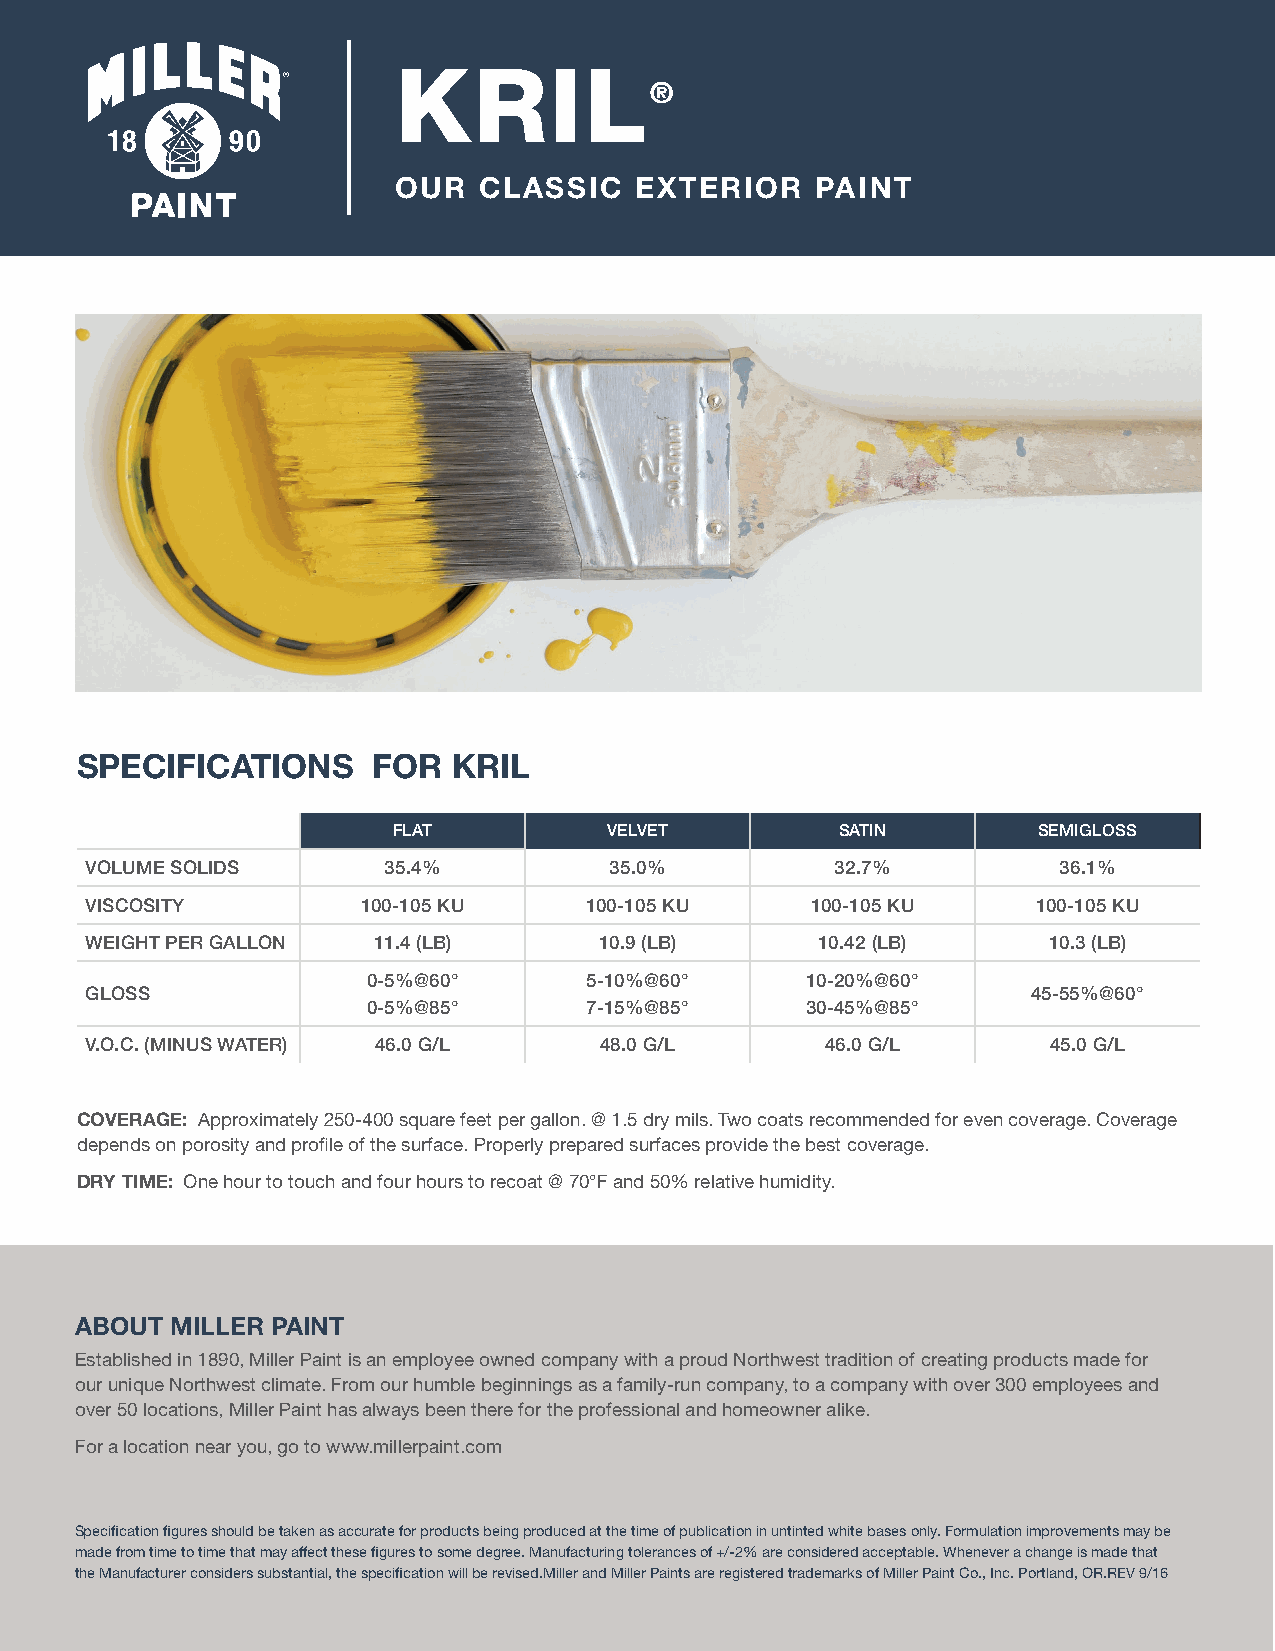
KRIL
 ®
 OUR   CLASSIC   EXTERIOR    PAINT
 SPECIFICATIONS      FOR  KRIL
 FLAT          VELVET          SATIN        SEMIGLOSS
 VOLUME SOLIDS      35.4%          35.0%          32.7%          36.1%
 VISCOSITY         100-105 KU     100-105 KU     100-105 KU     100-105 KU
 WEIGHT PER GALLON  11.4 (LB)      10.9 (LB)     10.42 (LB)     10.3 (LB)
 0-5%@60°       5-10%@60°     10-20%@60°
 GLOSS                                                         45-55%@60°
 0-5%@85°       7-15%@85°     30-45%@85°
 V.O.C. (MINUS WATER) 46.0 G/L     48.0 G/L       46.0 G/L       45.0 G/L
 COVERAGE: Approximately 250-400 square feet per gallon. @ 1.5 dry mils. Two coats recommended for even coverage. Coverage
 depends on porosity and profile of the surface. Properly prepared surfaces provide the best coverage.
 DRY TIME: One hour to touch and four hours to recoat @ 70°F and 50% relative humidity.
 ABOUT MILLER PAINT
 Established in 1890, Miller Paint is an employee owned company with a proud Northwest tradition of creating products made for
 our unique Northwest climate. From our humble beginnings as a family-run company, to a company with over 300 employees and
 over 50 locations, Miller Paint has always been there for the professional and homeowner alike.
 For a location near you, go to www.millerpaint.com
 Specification figures should be taken as accurate for products being produced at the time of publication in untinted white bases only. Formulation improvements may be
 made from time to time that may affect these figures to some degree. Manufacturing tolerances of +/-2% are considered acceptable. Whenever a change is made that
 the Manufacturer considers substantial, the specification will be revised.Miller and Miller Paints are registered trademarks of Miller Paint Co., Inc. Portland, OR.REV 9/16